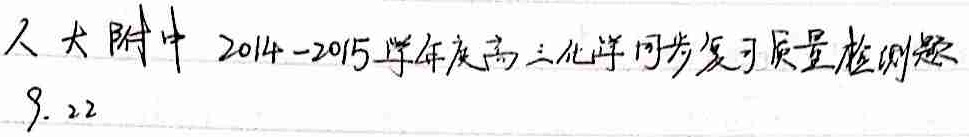
人大附中 2014 - 2015学年度高三化学同步复习质量检测题9.22